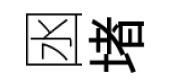
囦堵